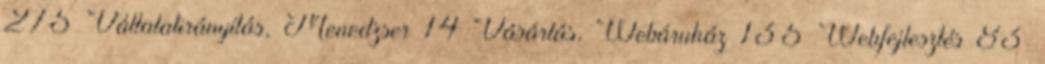
275 Vállalatirányítás, Menedzser 14 Vásárlás, Webáruház 135 Webfejlesztés 83